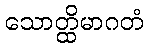
သောတ္ထိမာဂတံ